Report of the Indian Hemp Drugs Commission, 1894-1895 - Volume II
Year: 1894
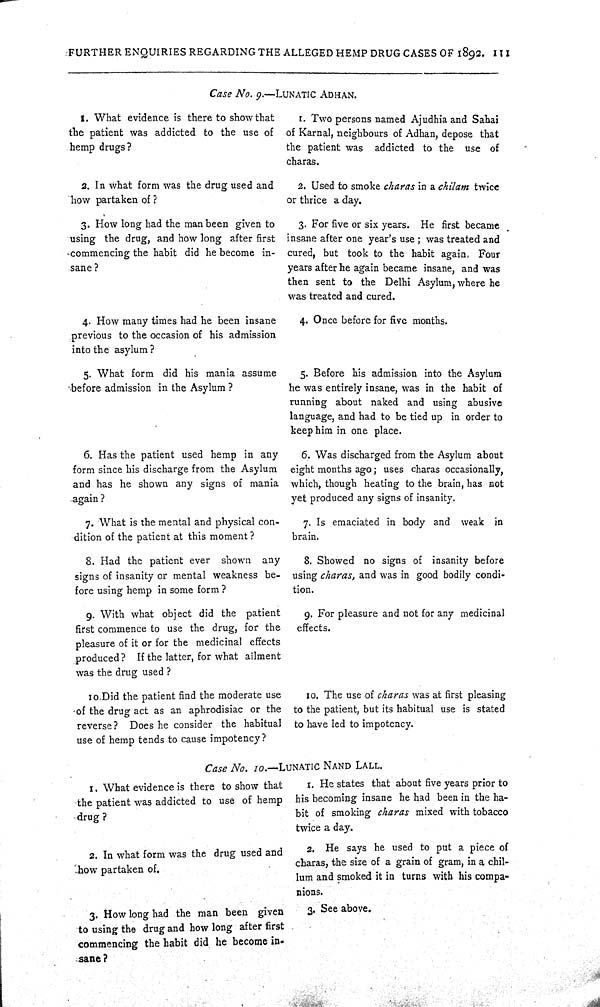
FURTHER ENQUIRIES REGARDING THE ALLEGED HEMP DRUG CASES OF 1892. 111
Case No. 9.—LUNATIC ADHAN.
1. What evidence is there to show that
the patient was addicted to the use of
hemp drugs?
1. Two persons named Ajudhia and Sahai
of Karnal, neighbours of Adhan, depose that
the patient was addicted to the use of
charas.
a. In what form was the drug used and
how partaken of?
2. Used to smoke charas in a chilam twice
or thrice a day.
3. How long had the man been given to
using the drug, and how long after first
commencing the habit did he become in-
sane?
3. For five or six years. He first became
insane after one year's use; was treated and
cured, but took to the habit again. Four
years after he again became insane, and was
then sent to the Delhi Asylum, where he
was treated and cured.
4. How many times had he been insane
previous to the occasion of his admission
into the asylum?
4. Once before for five months.
5. What form did his mania assume
before admission in the Asylum?
5. Before his admission into the Asylum
he was entirely insane, was in the habit of
running about naked and using abusive
language, and had to be tied up in order to
keep him in one place.
6. Has the patient used hemp in any
form since his discharge from the Asylum
and has he shown any signs of mania
again?
6. Was discharged from the Asylum about
eight months ago; uses charas occasionally,
which, though heating to the brain, has not
yet produced any signs of insanity.
7. What is the mental and physical con-
dition of the patient at this moment?
7. Is emaciated in body and weak in
brain.
8. Had the patient ever shown any
signs of insanity or mental weakness be-
fore using hemp in some form?
8. Showed no signs of insanity before
using charas, and was in good bodily condi-
tion.
9. With what object did the patient
first commence to use the drug, for the
pleasure of it or for the medicinal effects
9. For pleasure and not for any medicinal
effects.
produced? If the latter, for what ailment
was the drug used?
10.Did the patient find the moderate use
of the drug act as an aphrodisiac or the
reverse? Does he consider the habitual
use of hemp tends to cause impotency?
10. The use of charas was at first pleasing
to the patient, but its habitual use is stated
to have led to impotency.
Case No. 10.—LUNATIC NAND LALL.
1. What evidence is there to show that
the patient was addicted to use of hemp
drug?
1. He states that about five years prior to
his becoming insane he had been in the ha-
bit of smoking charas mixed with tobacco
twice a day.
2. In what form was the drug used and
how partaken of.
2. He says he used to put a piece of
charas, the size of a grain of gram, in a chil-
lum and smoked it in turns with his compa-
nions.
3. How long had the man been given
to using the drug and how long after first
commencing the habit did he become in-
sane?
3. See above.